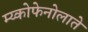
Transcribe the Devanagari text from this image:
म्य्कोफेनोलाते